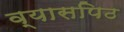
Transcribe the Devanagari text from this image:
व्यासपिठ